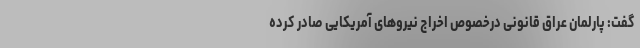
گفت: پارلمان عراق قانونی درخصوص اخراج نیرو‌های آمریکایی صادر کرده